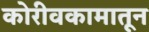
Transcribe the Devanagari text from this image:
कोरीवकामातून